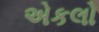
એકલો